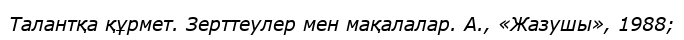
Талантқа құрмет. Зерттеулер мен мақалалар. А., «Жазушы», 1988;